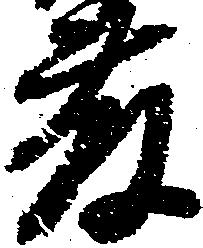
藤